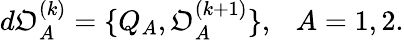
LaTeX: d{\cal\mathfrak{O}}_{A}^{(k)}=\{ Q_{A},{\cal\mathfrak{O}}_{A}^{(k+1)}\} ,~~~A=1,2.